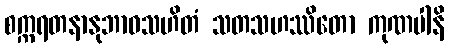
စက္ကရတနာနုဘာဝသဟိတံ သတသဟဿိတော ကုဏပါနိ